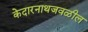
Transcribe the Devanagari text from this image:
केदारनाथजवळील